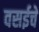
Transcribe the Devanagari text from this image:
वसईचे